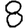
Digit: 8